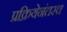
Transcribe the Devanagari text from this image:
प्रक्रियेनंतरच